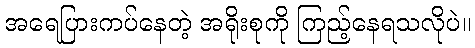
အရေပြားကပ်နေတဲ့ အရိုးစုကို ကြည့်နေရသလိုပဲ။